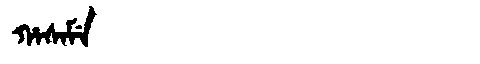
Manchu: ᡥᠠᠰᠠᠮᡝ
Romanization: HASAME